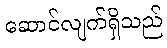
ဆောင်လျက်ရှိသည်